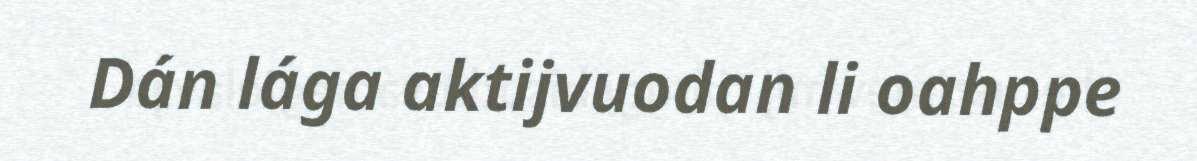
Dán lága aktijvuodan li oahppe